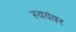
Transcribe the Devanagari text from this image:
स्‍वयंवर